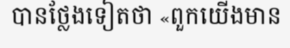
បានថ្លែងទៀតថា «ពួកយើងមាន